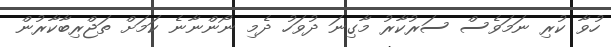
ހުވާ ކުރި ނަމަވެސް ސަރުކާރު މާގިނަ ދުވަހު ދެމި ނޯންނާނެ ކަމަށް ތަޖްރިބާކާރުން